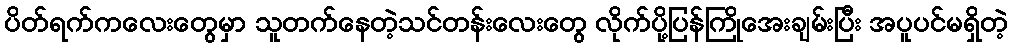
ပိတ်ရက်ကလေးတွေမှာ သူတက်နေတဲ့သင်တန်းလေးတွေ လိုက်ပို့ပြန်ကြိုအေးချမ်းပြီး အပူပင်မရှိတဲ့